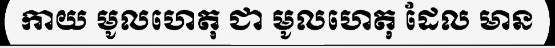
កាយ មូលហេតុ ជា មូលហេតុ ដែល មាន